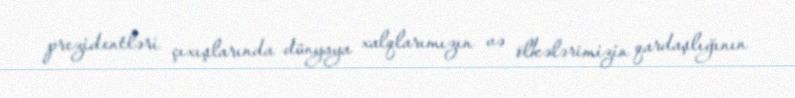
prezidentləri çıxışlarında dünyaya xalqlarımızın və ölkələrimizin qardaşlığının